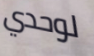
لوحدي